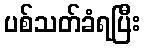
ပစ်သတ်ခံရပြီး